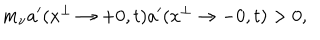
m _ { \nu } a ^ { \prime } ( x ^ { \perp } \to + 0 , t ) a ^ { \prime } ( x ^ { \perp } \to - 0 , t ) > 0 ,